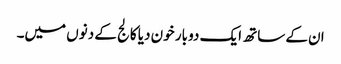
ان کے ساتھ ایک دو بار خون دیا کالج کے دنوں میں۔